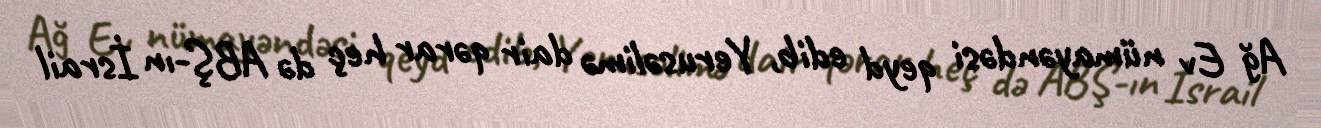
Ağ Ev nümayəndəsi qeyd edib, Yerusəlimə dair qərar heç də ABŞ-ın İsrail